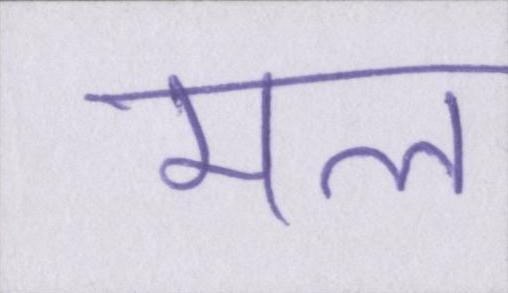
मल